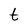
Character: t